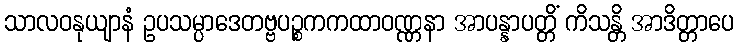
သာလဝနုယျာနံ ဥပသမ္ပာဒေတဗ္ဗပဉ္စကကထာဝဏ္ဏနာ အာပန္နာပတ္တိံ ကိသန္တိ အာဒိတ္တာပေ